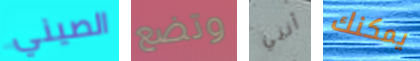
الصيني وتضع أنني يمكنك